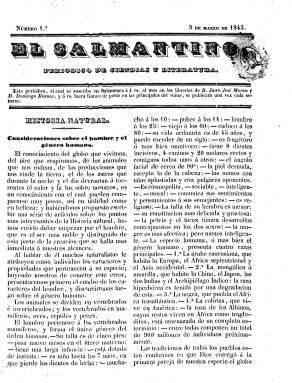
Título: El Salmantino (Salamanca)
Colección: Cultura || Periódicos anteriores a 1850
Ámbito geográfico: Salamanca
Lugar de publicación: Salamanca
Fechas: 03/03/1843-30/09/1843

Subtitulado “periódico de ciencias y literatura”, publica hasta 30 números, desde el 23 de marzo al 30 de septiembre de 1843, siendo precedido por un prospecto, y es estampado en la imprenta de Juan José Morán. Inserta artículos de historia, historia natural, derecho, economía social, estadística, industria, educación, literatura y bellas artes, apuntes biográficos y otros de creación literaria, como composiciones poéticas, y algunos anuncios. Aparece semanalmente en números de ocho páginas y a dos columnas.

Sus redactores son profesores de la universidad salmantina, como Manuel Hermenegildo Dávila, Santiago Diego Madrazo, Salustiano Ruiz y Álvaro Gil Sanz. Desaparece al ser nombrado este último jefe político de la provincia de Salamanca. La colección completa incluye un índice.